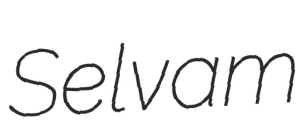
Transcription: Selvam